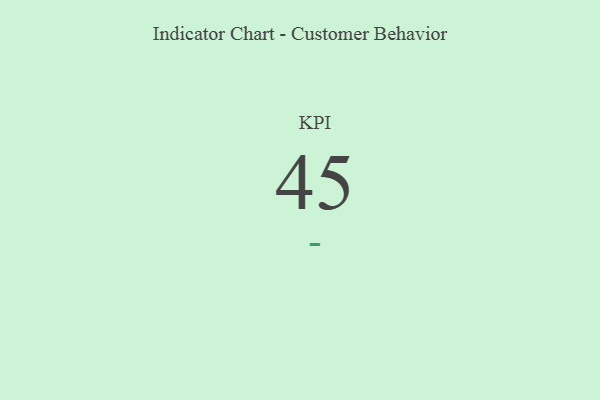
{"axis": {"x": "KPI", "y": "Value"}, "legend": [""], "data": [{"x": "KPI", "y": 45, "type": ""}]}